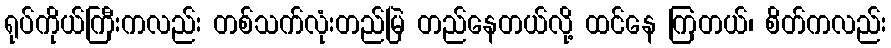
ရုပ်ကိုယ်ကြီးကလည်း တစ်သက်လုံးတည်မြဲ တည်နေတယ်လို့ ထင်နေ ကြတယ်၊ စိတ်ကလည်း